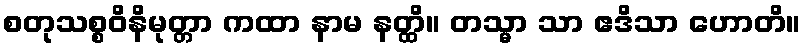
စတုသစ္စဝိနိမုတ္တာ ကထာ နာမ နတ္ထိ။ တသ္မာ သာ ဧဒိသာ ဟောတိ။